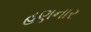
હણનાર